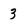
Character: 3